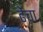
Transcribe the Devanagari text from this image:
ढेंचा